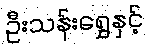
ဦးသန်းရွှေနှင့်